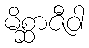
မိစ္ဆာဇီဝါ